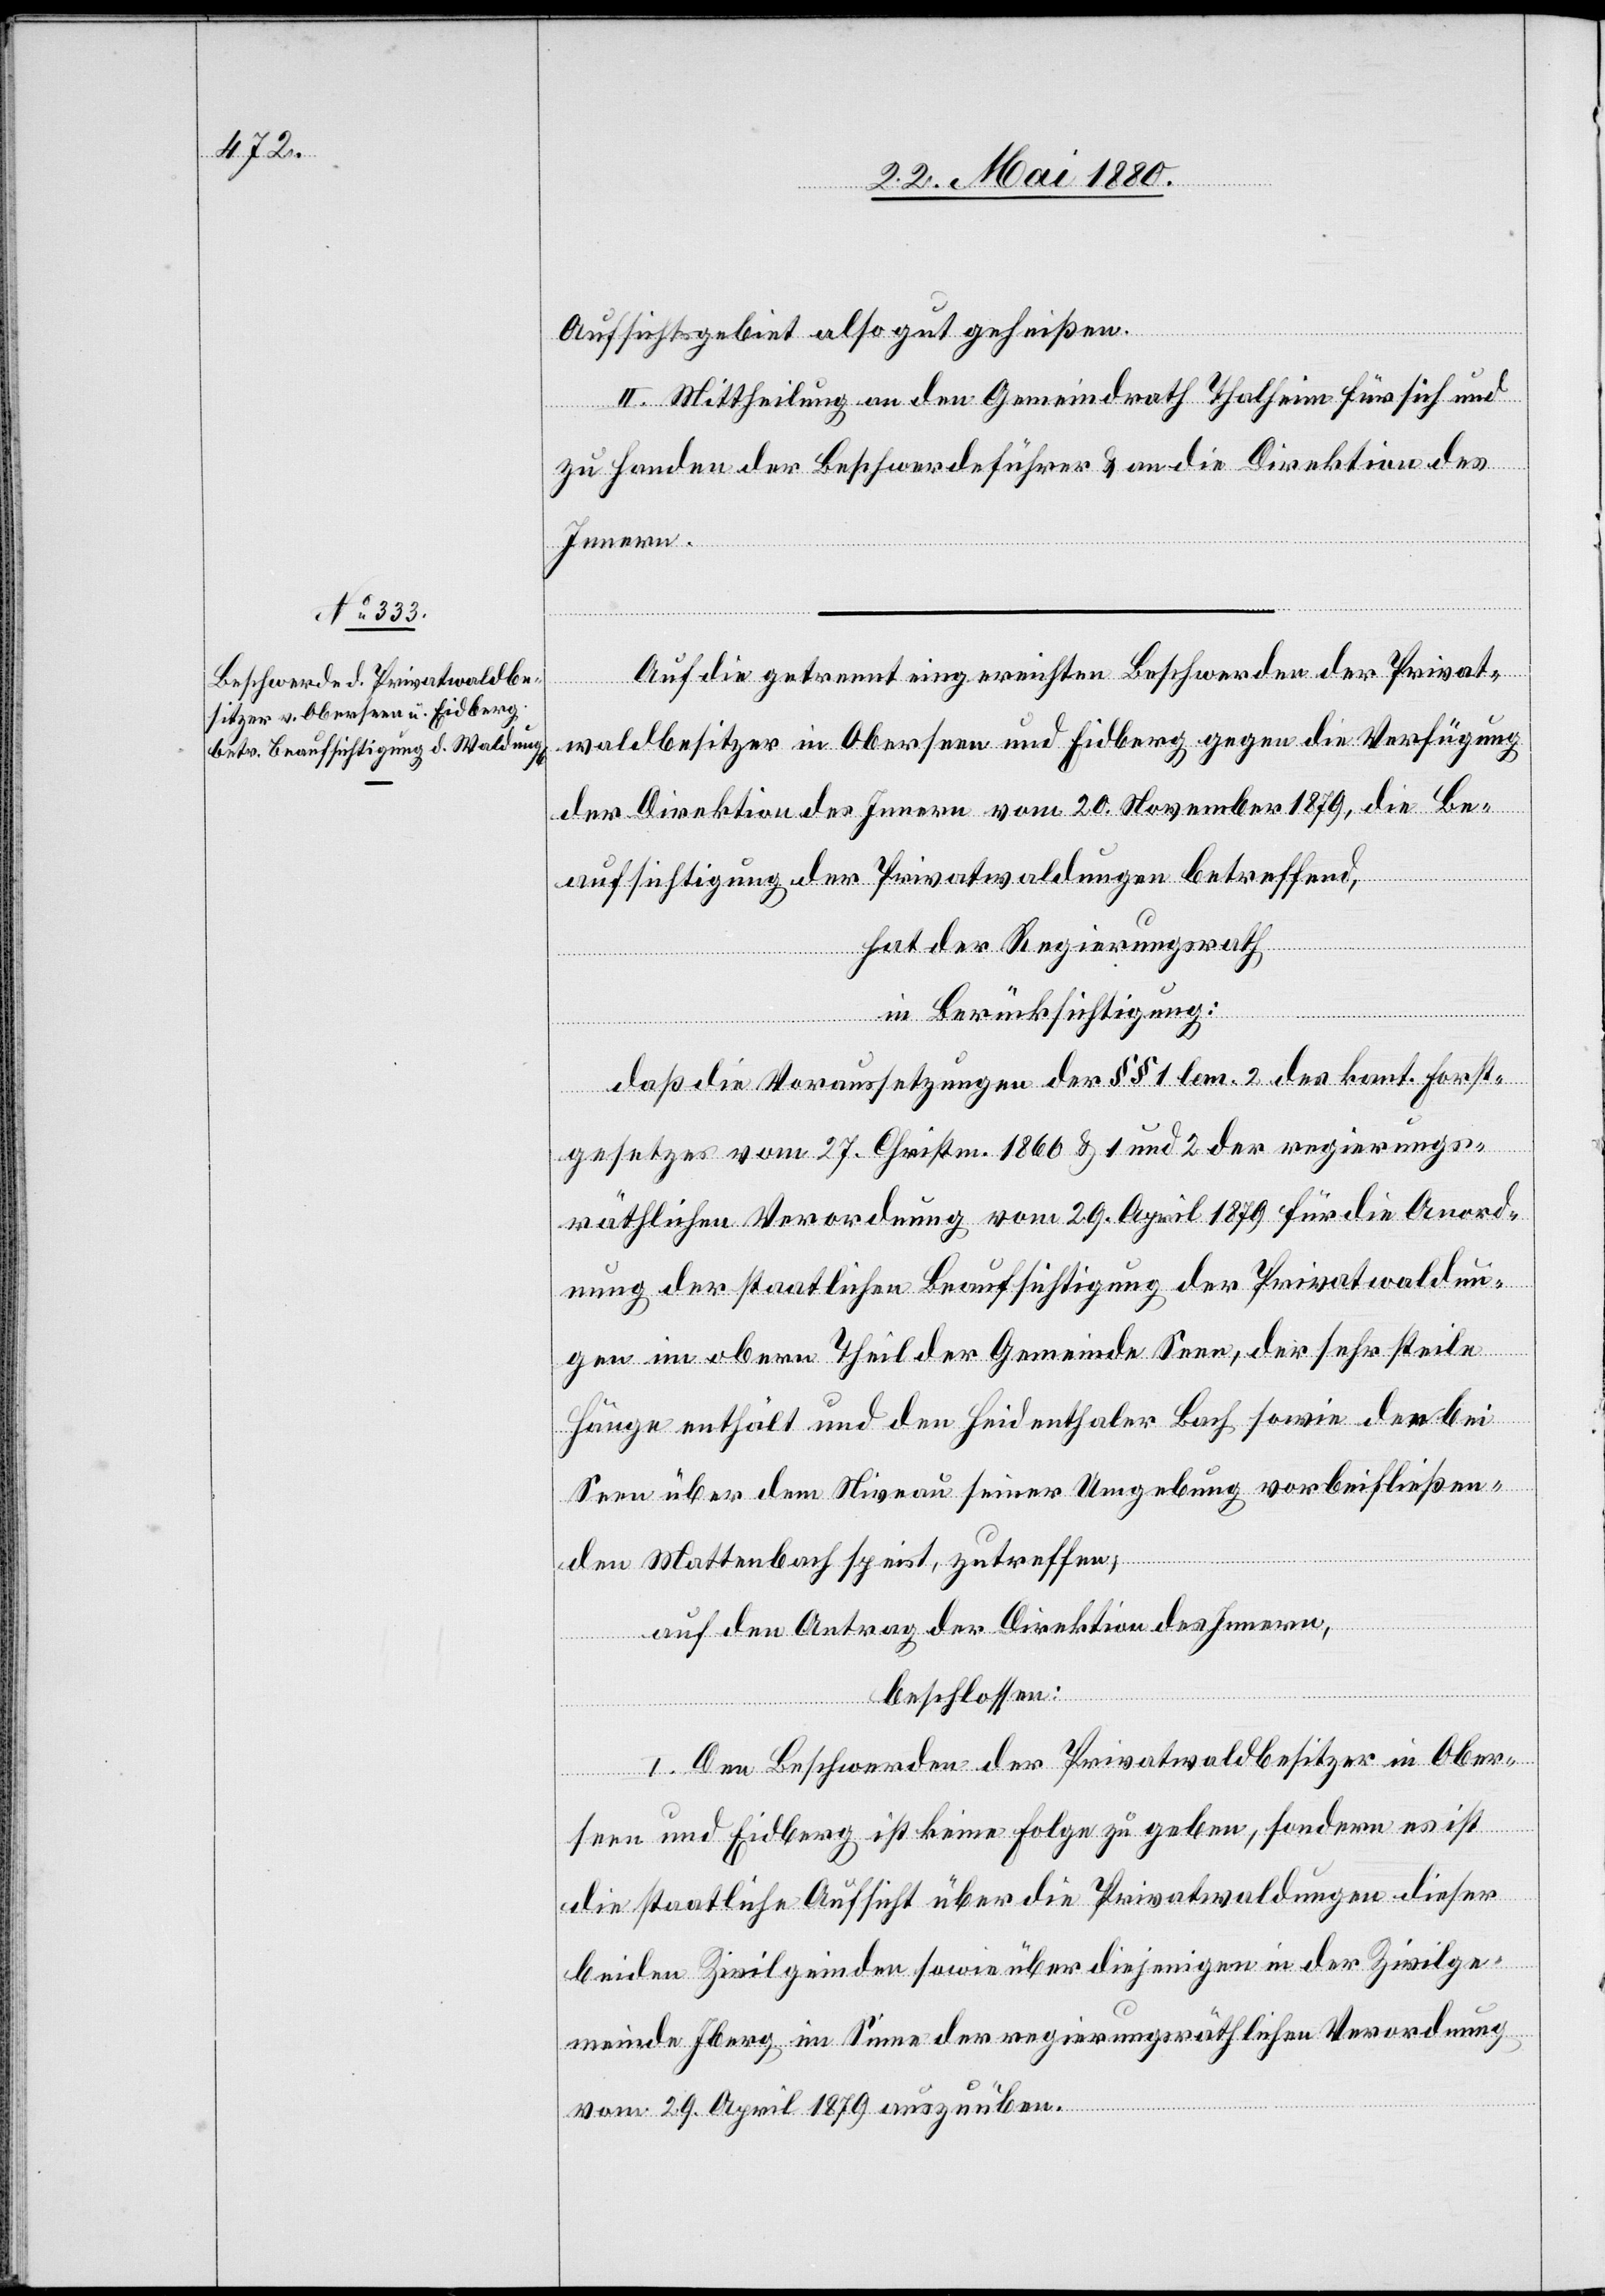
Aufsichtsgebiet also gut geheißen.
II. Mittheilung an den Gemeindrath Thalheim für sich und
zu Handen der Beschwerdeführer & an die Direktion des
Innern.
Auf die getrennt eingereichten Beschwerden der Privat¬
waldbesitzer in Oberseen und Eidberg gegen die Verfügung
der Direktion des Innern vom 20. November 1879, die Be¬
aufsichtigung der Privatwaldungen betreffend,
hat der Regierungsrath,
in Berücksichtigung:
daß die Voraussetzungen der §§ 1 lem. 2 der kant. Forst¬
gesetzes vom 27. Christm. 1866 & 1 und 2 der regierungs¬
räthlichen Verordnung vom 29. April 1879 für die Anord¬
nung der staatlichen Beaufsichtigung der Privatwaldun¬
gen im obern Theil der Gemeinde Seen, der sehr steile
Hänge enthält und den Heidenthaler Bach sowie den bei
Seen über dem Niveau seiner Umgebung vorbeifließen¬
den Mattenbach speist, zutreffen,
auf den Antrag der Direktion des Innern,
beschlossen:
I. Den Beschwerden der Privatwaldbesitzer in Ober¬
seen und Eidberg ist keine Folge zu geben, sondern es ist
die staatliche Aufsicht über die Privatwaldungen dieser
beiden Zivilgemeinde sowie über diejenigen in der Zivilge¬
meinde Iberg im Sinne der regierungsräthlichen Verordnung
vom 29. April 1879 auszuüben.